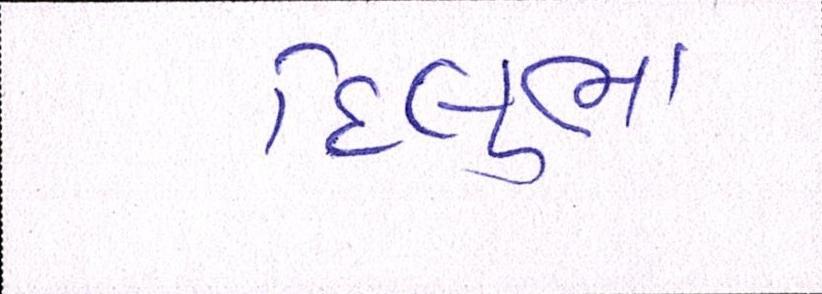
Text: દિલુભા